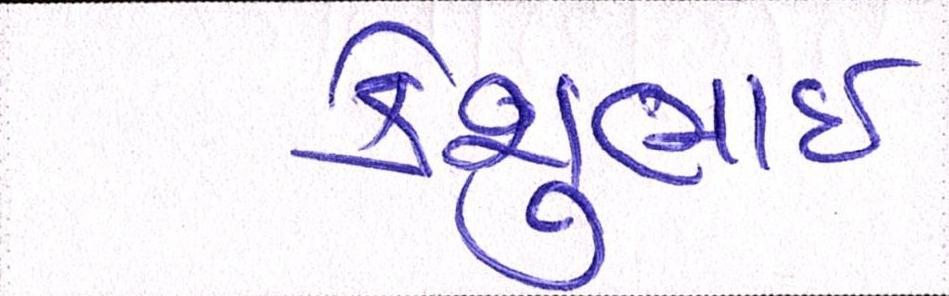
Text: કેશુભાઈ